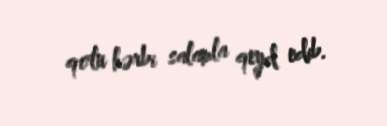
qolu hərbi salamla qeyd edib.